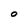
Character: O